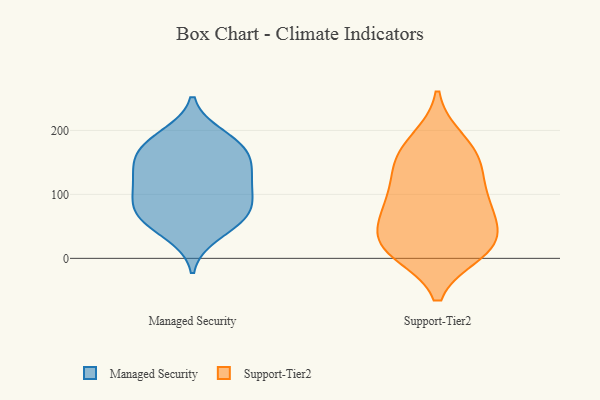
{"axis": {"x": "Latency (ms)", "y": "Value"}, "legend": ["Managed Security", "Support-Tier2"], "data": [{"x": "", "y": 169, "type": "Managed Security"}, {"x": "", "y": 121, "type": "Managed Security"}, {"x": "", "y": 162, "type": "Managed Security"}, {"x": "", "y": 139, "type": "Managed Security"}, {"x": "", "y": 98, "type": "Managed Security"}, {"x": "", "y": 166, "type": "Managed Security"}, {"x": "", "y": 117, "type": "Managed Security"}, {"x": "", "y": 87, "type": "Managed Security"}, {"x": "", "y": 185, "type": "Managed Security"}, {"x": "", "y": 37, "type": "Managed Security"}, {"x": "", "y": 70, "type": "Managed Security"}, {"x": "", "y": 134, "type": "Managed Security"}, {"x": "", "y": 78, "type": "Managed Security"}, {"x": "", "y": 57, "type": "Managed Security"}, {"x": "", "y": 192, "type": "Managed Security"}, {"x": "", "y": 61, "type": "Managed Security"}, {"x": "", "y": 74, "type": "Support-Tier2"}, {"x": "", "y": 26, "type": "Support-Tier2"}, {"x": "", "y": 42, "type": "Support-Tier2"}, {"x": "", "y": 83, "type": "Support-Tier2"}, {"x": "", "y": 16, "type": "Support-Tier2"}, {"x": "", "y": 10, "type": "Support-Tier2"}, {"x": "", "y": 142, "type": "Support-Tier2"}, {"x": "", "y": 87, "type": "Support-Tier2"}, {"x": "", "y": 87, "type": "Support-Tier2"}, {"x": "", "y": 20, "type": "Support-Tier2"}, {"x": "", "y": 185, "type": "Support-Tier2"}, {"x": "", "y": 175, "type": "Support-Tier2"}, {"x": "", "y": 17, "type": "Support-Tier2"}, {"x": "", "y": 148, "type": "Support-Tier2"}, {"x": "", "y": 139, "type": "Support-Tier2"}]}